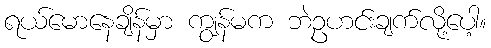
ရယ်မောနေချိန်မှာ ကျွန်မက ဘဲဥဟင်းချက်လို့ပေါ့။